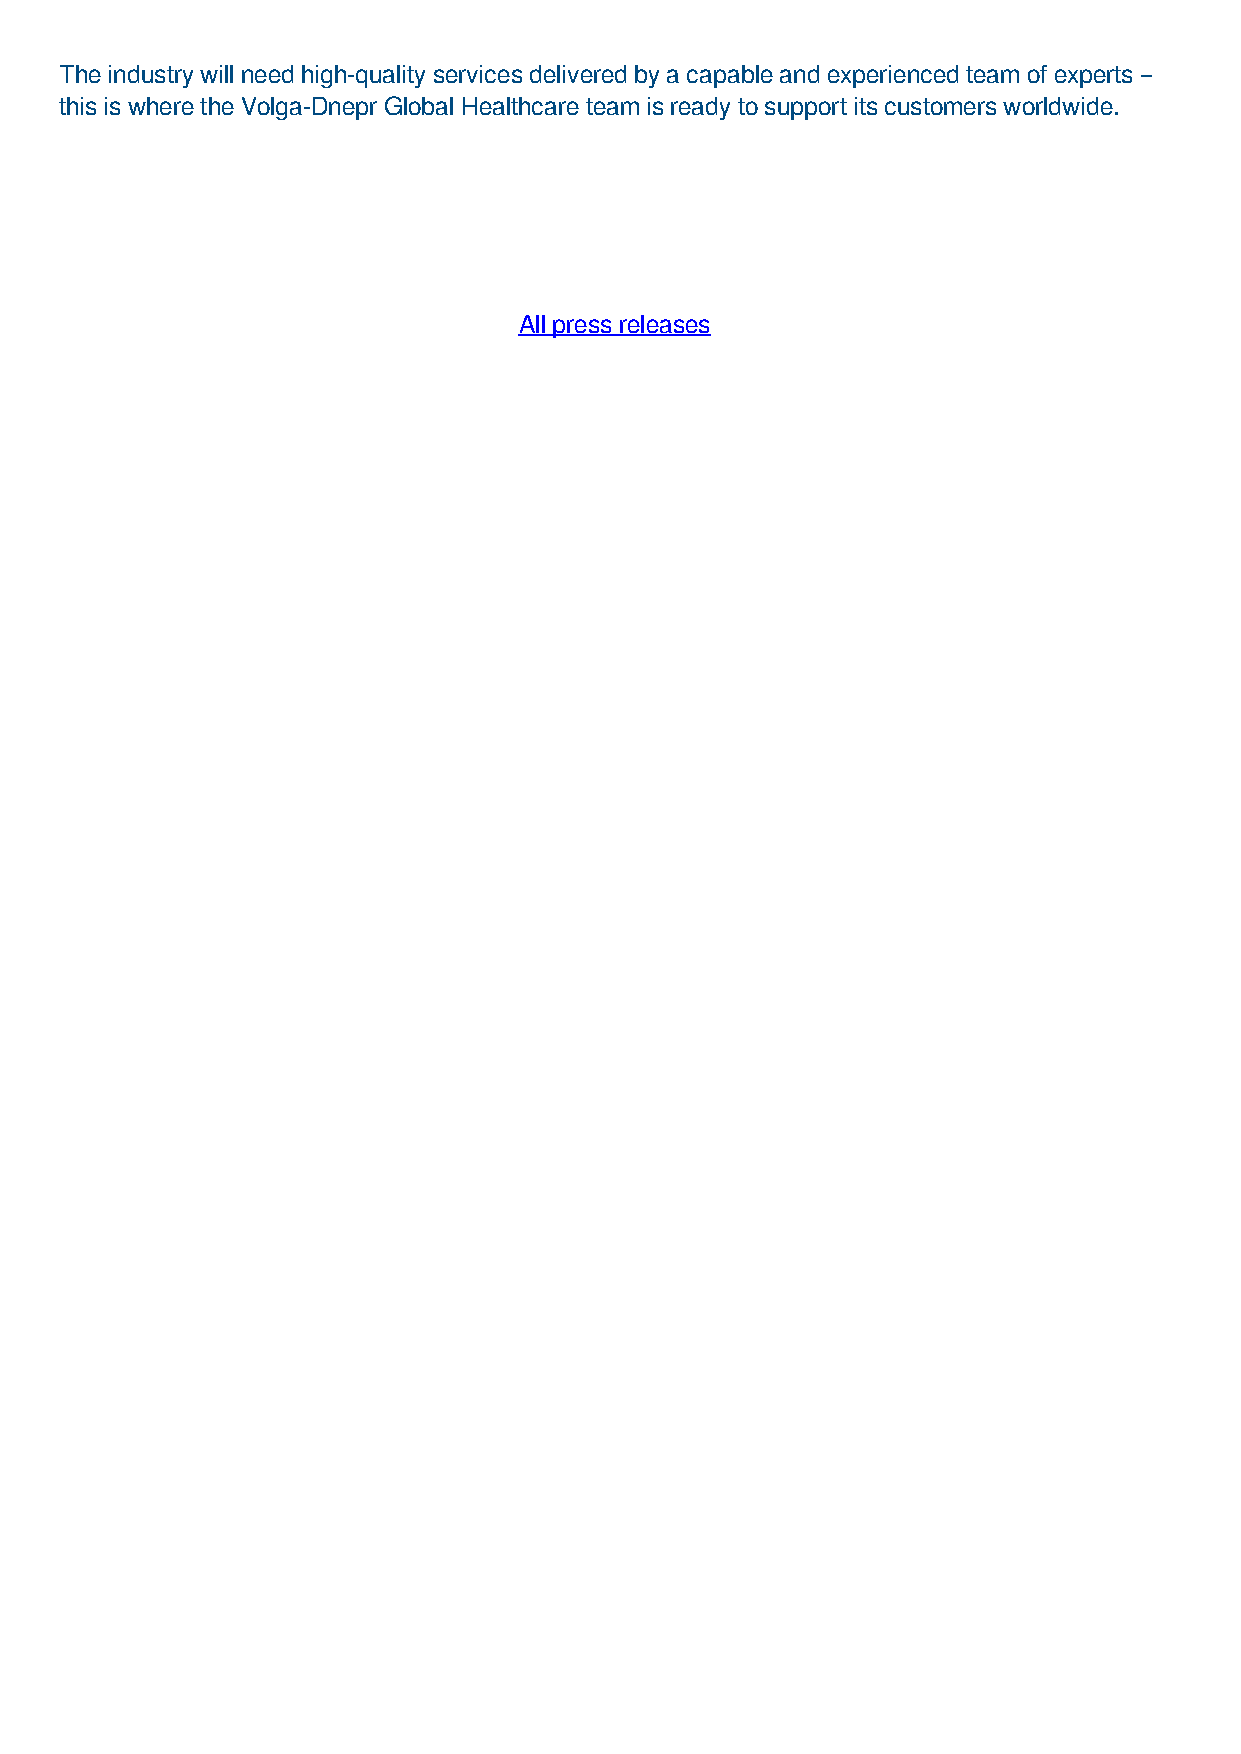
The industry will need high-quality services delivered by a capable and experienced team of experts –
 this is where the Volga-Dnepr Global Healthcare team is ready to support its customers worldwide.
 All press releases
 Powered by TCPDF (www.tcpdf.org)